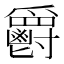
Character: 𲌥